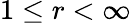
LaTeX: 1\le r<\infty